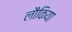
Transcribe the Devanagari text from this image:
लौकिया